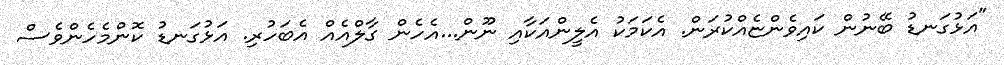
"އަޅުގަނޑު ބޭނުން ކައިވެންޏެއްކުރަން. އެކަމަކު އެލީންއަކާއި ނޫން...އެހެން ގާލްއެއް އެބަހުރި. އަޅުގަނޑު ކޮންމެހެންވެސް